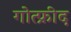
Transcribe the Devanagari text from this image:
गोत्फ्रीद